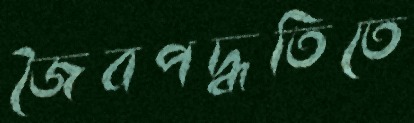
জৈবপদ্ধতিতে